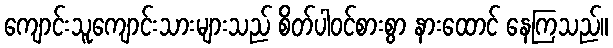
ကျောင်းသူကျောင်းသားများသည် စိတ်ပါဝင်စားစွာ နားထောင် နေကြသည်။